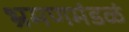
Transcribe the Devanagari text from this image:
भ्रमणमंडळं